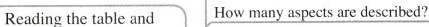
Reading the table and How many aspects are described?